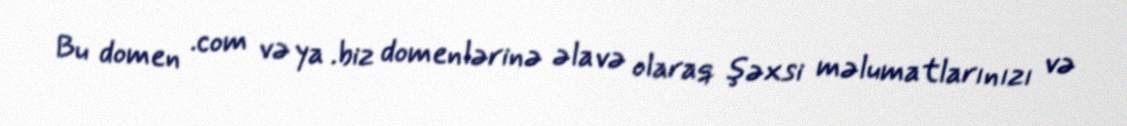
Bu domen .com və ya .biz domenlərinə əlavə olaraq şəxsi məlumatlarınızı və